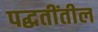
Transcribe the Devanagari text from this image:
पद्धतींतील